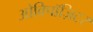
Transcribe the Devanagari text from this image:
ओविपॉज़िटर